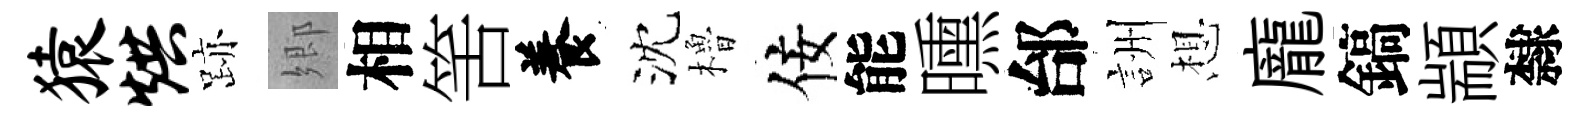
猿烘跡郷相筈養沈櫓佞能曛邰詶想龐鎬顓隸